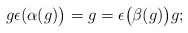
\begin{gather*} g \epsilon ( \alpha (g) \bigr) = g = \epsilon \bigl( \beta (g)\bigr) g ; \end{gather*}